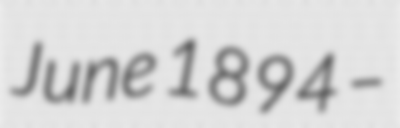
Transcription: June 1894 –